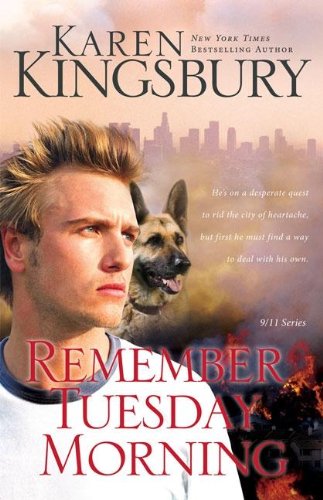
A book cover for Remember Tuesday Morning; Karen Kingsbury; Romance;